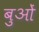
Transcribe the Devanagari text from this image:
बुओं